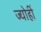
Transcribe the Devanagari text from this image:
ज्योहीं